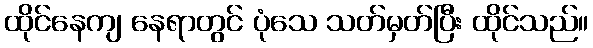
ထိုင်နေကျ နေရာတွင် ပုံသေ သတ်မှတ်ပြီး ထိုင်သည်။